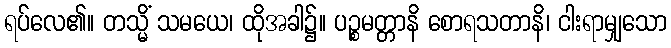
ရပ်လေ၏။ တသ္မိံ သမယေ၊ ထိုအခါ၌။ ပဉ္စမတ္တာနိ စောရသတာနိ၊ ငါးရာမျှသော